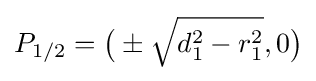
P_{1/2}={\big (}\pm {\sqrt {d_{1}^{2}-r_{1}^{2}}},0{\big )}